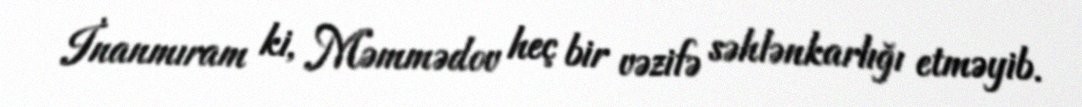
İnanmıram ki, Məmmədov heç bir vəzifə səhlənkarlığı etməyib.